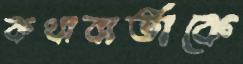
কথাবার্তাকে